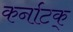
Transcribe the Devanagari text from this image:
कर्नाटक्